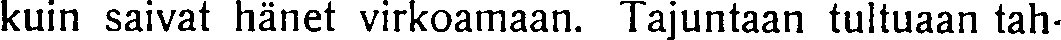
kuin saivat hänet virkoamaan. Tajuntaan tultuaan tah-